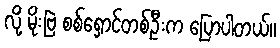
လို့ မိုးဗြဲ စစ်ရှောင်တစ်ဦးက ပြောပါတယ်။